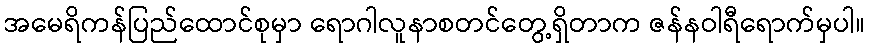
အမေရိကန်ပြည်ထောင်စုမှာ ရောဂါလူနာစတင်တွေ့ရှိတာက ဇန်နဝါရီရောက်မှပါ။